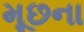
મૂછના